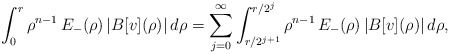
\begin{align*} \int_0^r \rho^{n-1}\,E_-(\rho)\,|B[v](\rho)|\,d\rho=\sum_{j=0}^\infty \int_{r/2^{j+1}}^{r/2^j} \rho^{n-1}\,E_-(\rho)\,|B[v](\rho)|\,d\rho, \end{align*}